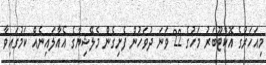
މިއަހަރުގެ އޮކްޓޫބަރު މަހުގެ 22 ވަނަ ދުވަހުން ފެށިގެން މެލޭޝިޔާގެ އެއާލައިނެއް ކަމުގައިވާ